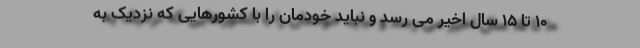
۱۰ تا ۱۵ سال اخیر می رسد و نباید خودمان را با کشورهایی که نزدیک به